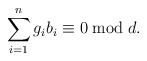
LaTeX: \begin{gather*}\sum_{i=1}^n g_ib_i\equiv 0 \bmod d.\end{gather*}